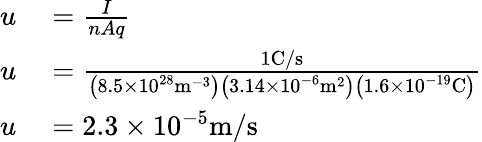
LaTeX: \begin{array}{rl}{u}&{{}={\frac{I}{nAq}}}\\ {u}&{{}={\frac{1{\mathrm{C}}/{\mathrm{s}}}{\left(8.5\times 10^{28}{\mathrm{m}}^{-3}\right)\left(3.14\times 10^{-6}{\mathrm{m}}^{2}\right)\left(1.6\times 10^{-19}{\mathrm{C}}\right)}}}\\ {u}&{{}=2.3\times 10^{-5}{\mathrm{m}}/{\mathrm{s}}}\end{array}